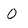
Character: 0